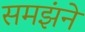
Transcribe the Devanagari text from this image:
समझंने